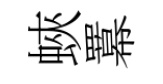
蛺羃